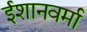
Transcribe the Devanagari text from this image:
ईशानवर्मा